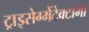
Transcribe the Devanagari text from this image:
ट्राइसेग्मेंटेक्टॉमी